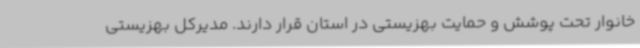
خانوار تحت پوشش و حمایت بهزیستی در استان قرار دارند. مدیرکل بهزیستی